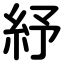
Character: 紓